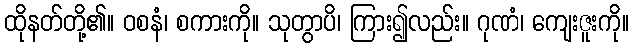
ထိုနတ်တို့၏။ ဝစနံ၊ စကားကို။ သုတွာပိ၊ ကြား၍လည်း။ ဂုဏံ၊ ကျေးဇူးကို။